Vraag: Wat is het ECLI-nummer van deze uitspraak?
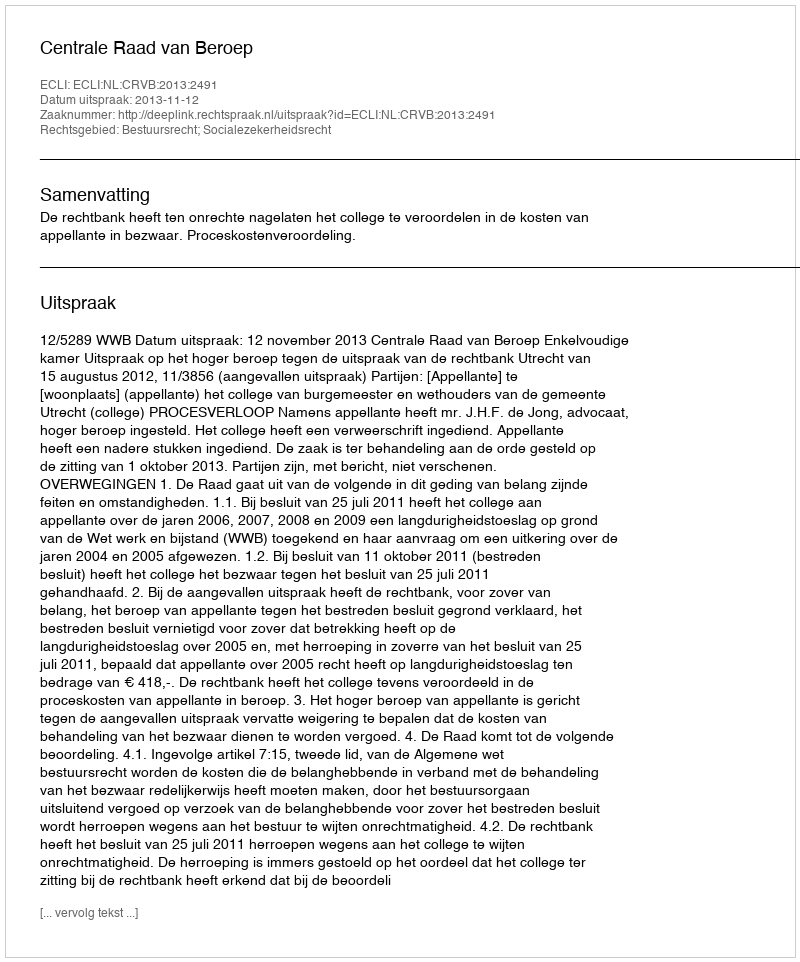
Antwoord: ECLI:NL:CRVB:2013:2491